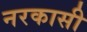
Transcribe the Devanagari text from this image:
नरकासी